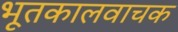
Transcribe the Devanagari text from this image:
भूतकालवाचक